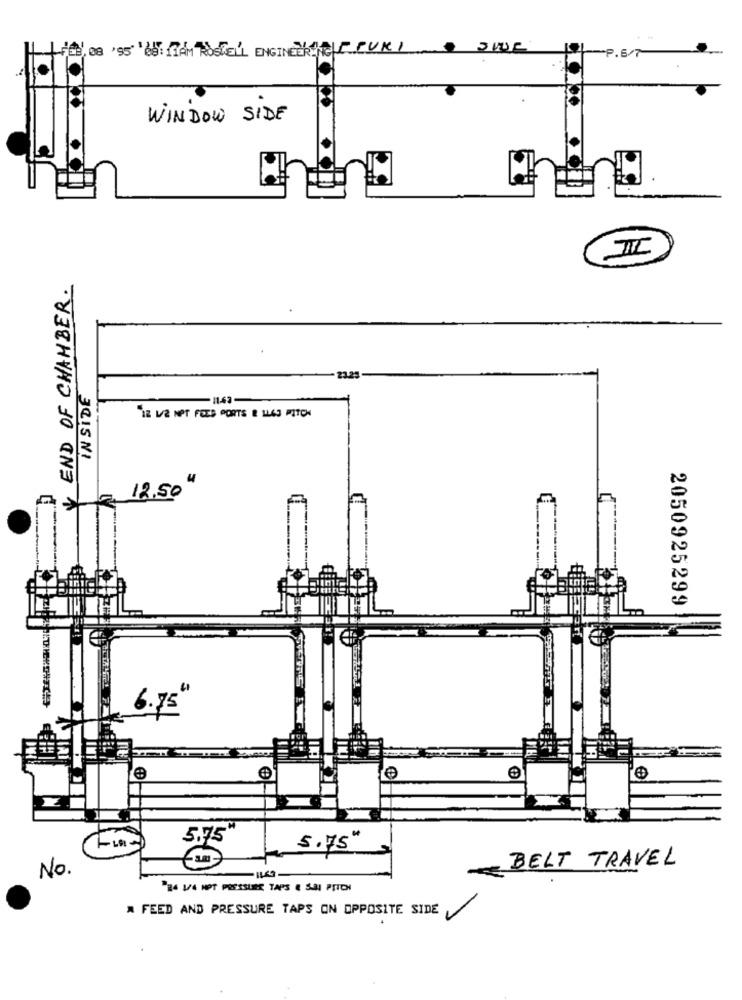
FEB, 08 'S5" de" FRAM POSTELL ENGINER .PUK.I
-P.6/7
WINDOW SIDE
III
END OF CHAMBER.
23.25
1143-
"IZ WE NOT FEES PORTS & 1143 PITCH
JEIS NI
4
12.50
2050925299
5-75'
5.75
5.75"
BELT TRAVEL
No.
"24 LA NOT PRESSURE TAPS E SAL PTICH
A FEED AND PRESSURE TAPS ON OPPOSITE SIDE